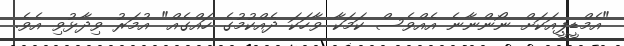
"އެމްޑީޕީއަކަށް ނޯންނާނެ އެއްވެސް ކަމަކާ ވާހަކަ ދެއްކުމުގެ ހައްގެއް" އުމަރު ވިދާޅުވި އެވެ.